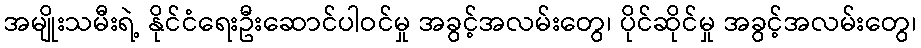
အမျိုးသမီးရဲ့ နိုင်ငံရေးဦးဆောင်ပါဝင်မှု အခွင့်အလမ်းတွေ၊ ပိုင်ဆိုင်မှု အခွင့်အလမ်းတွေ၊